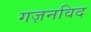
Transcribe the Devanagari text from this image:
गज़नविद